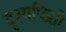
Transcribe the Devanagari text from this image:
दृश्यफिती